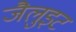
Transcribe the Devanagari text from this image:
जैलुइट